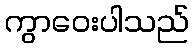
ကွာဝေးပါသည်